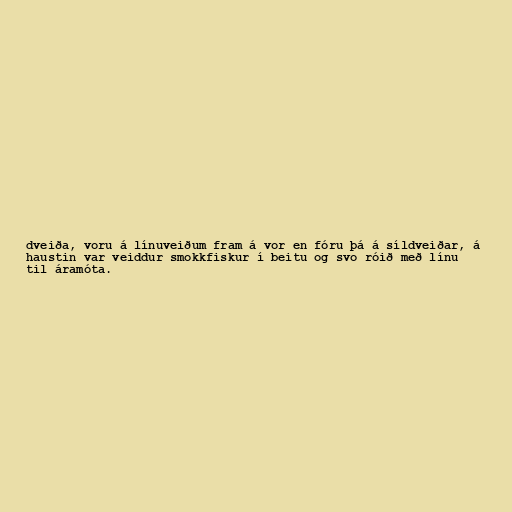
dveiða, voru á línuveiðum fram á vor en fóru þá á síldveiðar, á
haustin var veiddur smokkfiskur í beitu og svo róið með línu
til áramóta.